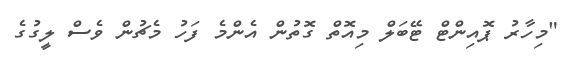
"މިހާރު ޕޮއިންޓް ޓޭބަލް މިއޮތް ގޮތުން އެންމެ ފަހު މެޗުން ވެސް ލީގުގެ